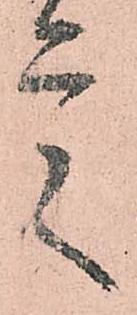
言